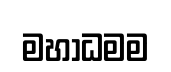
මහාධමම